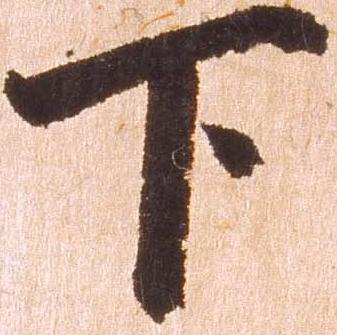
下